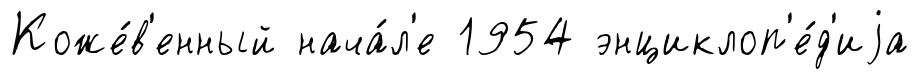
Коже́в'енный нача́л'е 1954 энциклоп'е́д'иjа